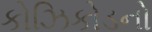
કોઝિકોડનો